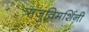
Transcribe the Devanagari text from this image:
ऋजुविमर्शिनी